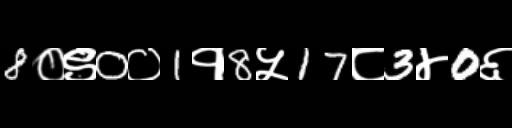
Text: 8०९0०1१8५17८3४0६